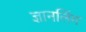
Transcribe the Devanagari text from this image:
ज्ञानलिंग